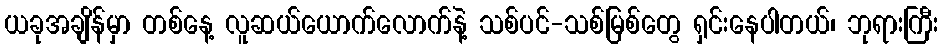
ယခုအချိန်မှာ တစ်နေ့ လူဆယ်ယောက်လောက်နဲ့ သစ်ပင်-သစ်မြစ်တွေ ရှင်းနေပါတယ်၊ ဘုရားကြီး